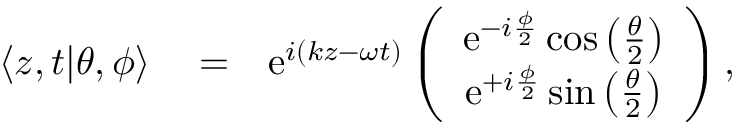
\begin{array} { r l r } { \langle z , t | \theta , \phi \rangle } & { { } = } & { \mathrm { e } ^ { i ( k z - \omega t ) } \left( \begin{array} { c } { \mathrm { e } ^ { - i \frac { \phi } { 2 } } \cos \left( \frac { \theta } { 2 } \right) } \\ { \mathrm { e } ^ { + i \frac { \phi } { 2 } } \sin \left( \frac { \theta } { 2 } \right) } \end{array} \right) , } \end{array}